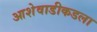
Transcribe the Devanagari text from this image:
आशेवाडीकडला